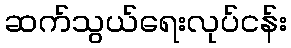
ဆက်သွယ်ရေးလုပ်ငန်း